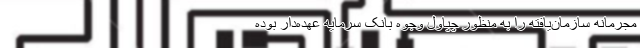
مجرمانه سازمان‌یافته را به منظور چپاول وجوه بانک سرمایه عهده‌دار بوده